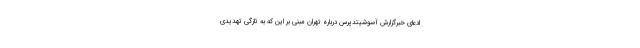
ادعای خبرگزارش آسوشیتدپرس درباره تهران مبنی بر این که به تازگی تهدیدی